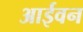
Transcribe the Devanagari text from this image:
आईवन